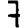
Digit: 7